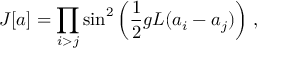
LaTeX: J [ a ] = \prod _ { i > j } \sin ^ { 2 } \left( \frac { 1 } { 2 } g L ( a _ { i } - a _ { j } ) \right) \, ,